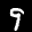
Label: 9